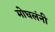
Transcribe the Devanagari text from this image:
मोघलंनी